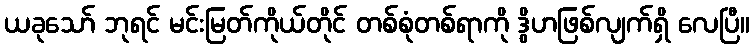
ယခုသော် ဘုရင် မင်းမြတ်ကိုယ်တိုင် တစ်စုံတစ်ရာကို ဒွိဟဖြစ်လျက်ရှိ လေပြီ။